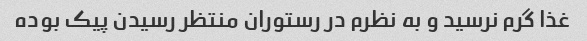
غذا گرم نرسید و به نظرم در رستوران منتظر رسیدن پیک بوده